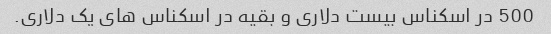
500 در اسکناس بیست دلاری و بقیه در اسکناس های یک دلاری.